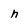
Character: h